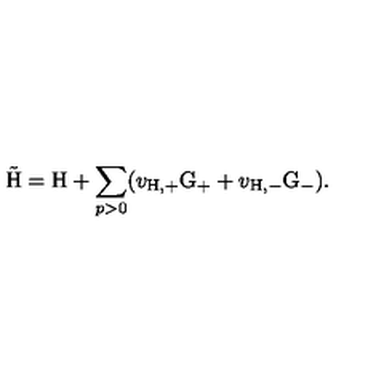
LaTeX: \tilde { \mathrm { H } } = \mathrm { H } + \sum _ { p > 0 } ( v _ { \mathrm { H , + } } \mathrm { G } _ { + } + v _ { \mathrm { H , - } } \mathrm { G } _ { - } ) .